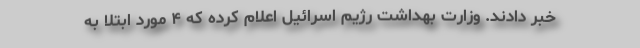
خبر دادند. وزارت بهداشت رژیم اسرائیل اعلام کرده که ۴ مورد ابتلا به